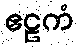
ဧဠကံ